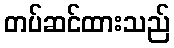
တပ်ဆင်ထားသည်